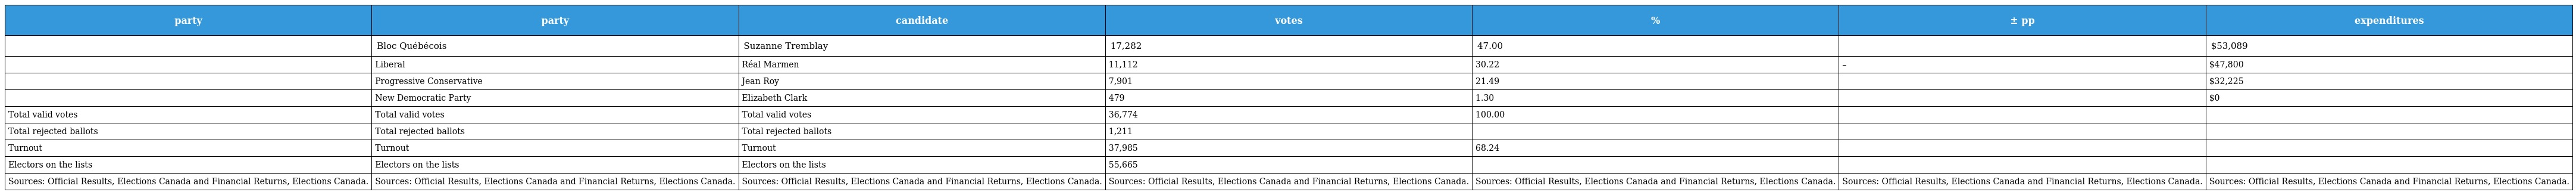
| party | party | candidate | votes | % | ± pp | expenditures |
 | --- | --- | --- | --- | --- | --- | --- |
 |  | Bloc Québécois | Suzanne Tremblay | 17,282 | 47.00 |  | $53,089 |
 |  | Liberal | Réal Marmen | 11,112 | 30.22 | – | $47,800 |
 |  | Progressive Conservative | Jean Roy | 7,901 | 21.49 |  | $32,225 |
 |  | New Democratic Party | Elizabeth Clark | 479 | 1.30 |  | $0 |
 | Total valid votes | Total valid votes | Total valid votes | 36,774 | 100.00 |  |  |
 | Total rejected ballots | Total rejected ballots | Total rejected ballots | 1,211 |  |  |  |
 | Turnout | Turnout | Turnout | 37,985 | 68.24 |  |  |
 | Electors on the lists | Electors on the lists | Electors on the lists | 55,665 |  |  |  |
 | Sources: Official Results, Elections Canada and Financial Returns, Elections Canada. | Sources: Official Results, Elections Canada and Financial Returns, Elections Canada. | Sources: Official Results, Elections Canada and Financial Returns, Elections Canada. | Sources: Official Results, Elections Canada and Financial Returns, Elections Canada. | Sources: Official Results, Elections Canada and Financial Returns, Elections Canada. | Sources: Official Results, Elections Canada and Financial Returns, Elections Canada. | Sources: Official Results, Elections Canada and Financial Returns, Elections Canada. |